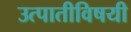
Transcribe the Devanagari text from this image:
उत्पातीविषयी